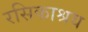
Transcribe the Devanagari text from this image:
रसिकाश्रय